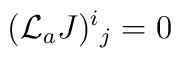
({\cal L}_a J)^i{}_j = 0